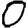
Digit: 0